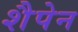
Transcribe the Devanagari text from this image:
शैपेन